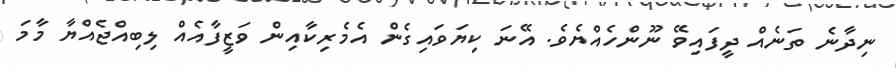
ނިދާނެ ތަނެއް ދީފައިވޭ ނޫންހެއްޔެވެ. އޭނަ ކިޔަވައިގެން އެމެރިކާއިން ވަޒީފާއެއް ލިބިއްޖެއްޔާ މާމަ